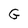
Character: G